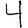
Digit: 4